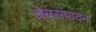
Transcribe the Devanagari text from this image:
जनसंपादन